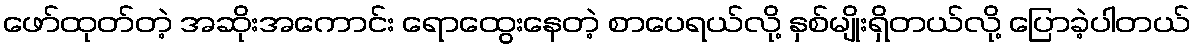
ဖော်ထုတ်တဲ့ အဆိုးအကောင်း ရောထွေးနေတဲ့ စာပေရယ်လို့ နှစ်မျိုးရှိတယ်လို့ ပြောခဲ့ပါတယ်